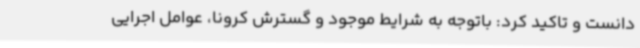
دانست و تاکید کرد: باتوجه به شرایط موجود و گسترش کرونا، عوامل اجرایی